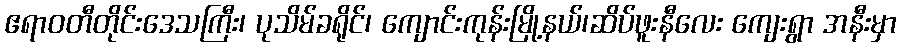
ဧရာဝတီတိုင်းဒေသကြီး၊ ပုသိမ်ခရိုင်၊ ကျောင်းကုန်းမြို့နယ်၊ဆိပ်ဖူးနီလေး ကျေးရွာ အနီးမှာ